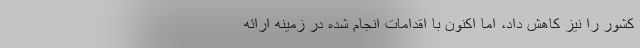
کشور را نیز کاهش داد، اما اکنون با اقدامات انجام شده در زمینه ارائه